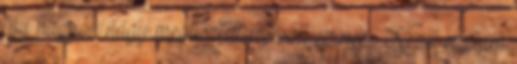
így nagyon nagy megtiszteltetés volt ez neki. Kezet ráztam